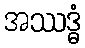
အဿဒ္ဓံ